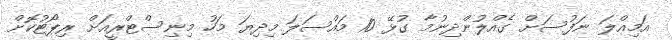
އަމިއްލަ ނަފުސަށް ގެއްލުންދިނުމާ ގުޅޭ 10 މައްސަލަ މިދިޔަ މަހު މިނިސްޓްރީއަށް ރިޕޯޓުކޮށް